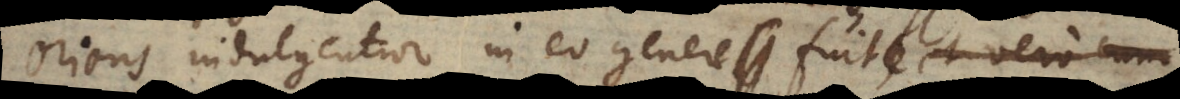
oriens indulgentior in eo genere fuit; et vero cum